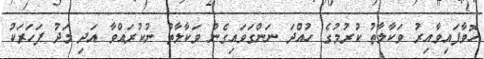
ހޮވާފައިވާއިރު ވަކާލާތު ކުރުމުގެ ހުއްދަ ނަންގަވައިގެން ވަކާލާތު ނުކުރައްވާ އަދި މަދު ފަހަރަކު